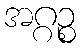
အဂ္ဂဉ္စ